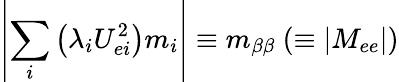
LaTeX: \left|\sum_{i}\left(\lambda_{i}U_{ei}^{2}\right)m_{i}\right|\equiv m_{\beta\beta}~(\equiv|M_{ee}|)